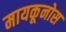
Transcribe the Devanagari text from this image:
मायकूनोस